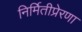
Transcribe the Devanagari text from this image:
निर्मितीप्रेरणा